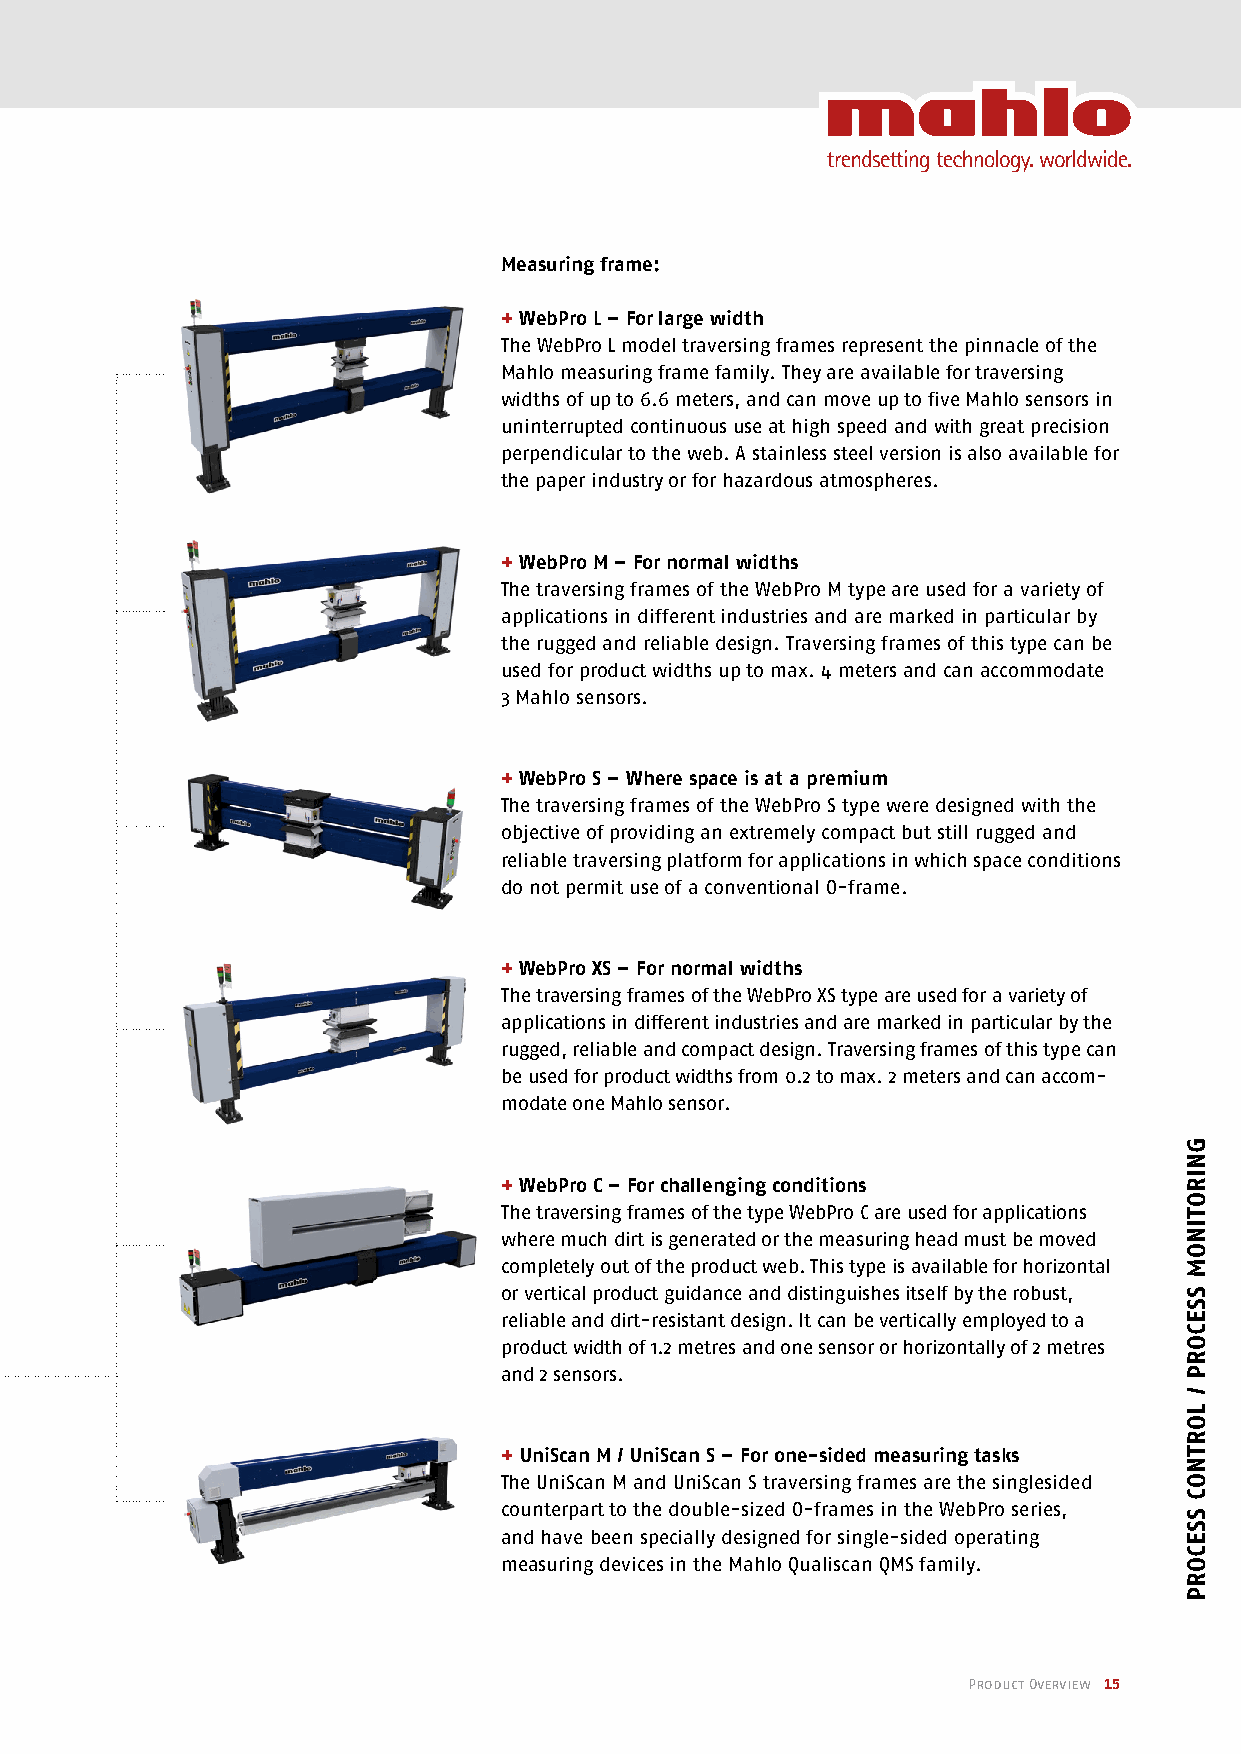
Measuring frame:
 + WebPro L – For large width
 The WebPro L model traversing frames represent the pinnacle of the
 Mahlo measuring frame family. They are available for traversing
 widths of up to 6.6 meters, and can move up to five Mahlo sensors in
 uninterrupted continuous use at high speed and with great precision
 perpendicular to the web. A stainless steel version is also available for
 the paper industry or for hazardous atmospheres.
 + WebPro M – For normal widths
 The traversing frames of the WebPro M type are used for a variety of
 applications in different industries and are marked in particular by
 the rugged and reliable design. Traversing frames of this type can be
 used for product widths up to max. 4 meters and can accommodate
 3 Mahlo sensors.
 + WebPro S – Where space is at a premium
 The traversing frames of the WebPro S type were designed with the
 objective of providing an extremely compact but still rugged and
 reliable traversing platform for applications in which space conditions
 do not permit use of a conventional O-frame.
 + WebPro XS – For normal widths
 The traversing frames of the WebPro XS type are used for a variety of
 applications in different industries and are marked in particular by the
 rugged, reliable and compact design. Traversing frames of this type can
 be used for product widths from 0.2 to max. 2 meters and can accom-
 modate one Mahlo sensor.
 + WebPro C – For challenging conditions
 The traversing frames of the type WebPro C are used for applications
 where much dirt is generated or the measuring head must be moved
 completely out of the product web. This type is available for horizontal
 or vertical product guidance and distinguishes itself by the robust,
 reliable and dirt-resistant design. It can be vertically employed to a
 product width of 1.2 metres and one sensor or horizontally of 2 metres
 and 2 sensors.
 + UniScan M / UniScan S – For one-sided measuring tasks
 The UniScan M and UniScan S traversing frames are the singlesided
 counterpart to the double-sized O-frames in the WebPro series,
 and have been specially designed for single-sided operating
 measuring devices in the Mahlo Qualiscan QMS family.
 Product Overview 15
 GNIROTINOm
 SSECORP
 /
 LORTNOC
 SSECORP